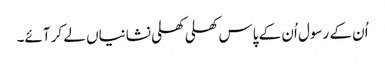
اُن کے رسول اُن کے پاس کھلی کھلی نشانیاں لے کر آئے۔